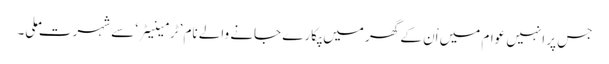
جس پر انہیں عوام میں اْن کے گھر میں پکارے جانے والے نام ’ٹرمینیٹر‘ سے شہرت ملی۔